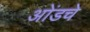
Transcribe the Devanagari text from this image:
ओंडचे